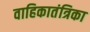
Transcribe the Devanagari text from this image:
वाहिकातंत्रिका